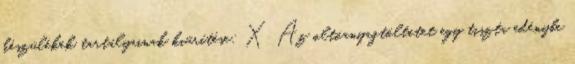
készülékek tartályainak kiürítése: X Az oltóanyagtöltetet egy tiszta edénybe